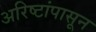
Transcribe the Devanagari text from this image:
अरिष्टांपासून